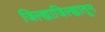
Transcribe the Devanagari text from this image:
जिल्ह्याजिल्ह्यातून